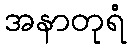
အနာတုရံ